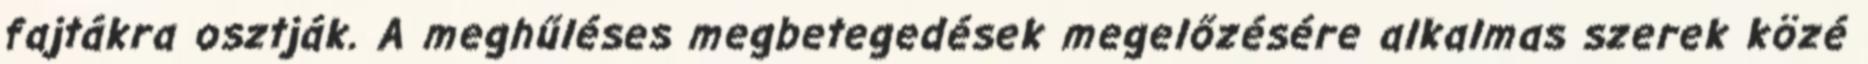
fajtákra osztják. A meghűléses megbetegedések megelőzésére alkalmas szerek közé